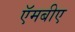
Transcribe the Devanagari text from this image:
ऍमबीए